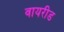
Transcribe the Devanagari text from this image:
वायरीड